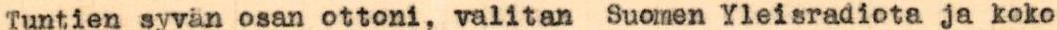
Tuntien syvän osan ottoni, valitan Suomen Yleisradiota ja koko